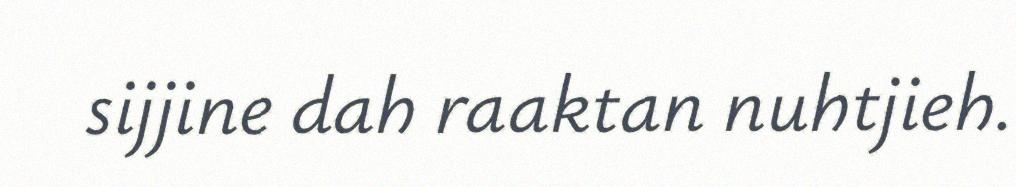
sijjine dah raaktan nuhtjieh.